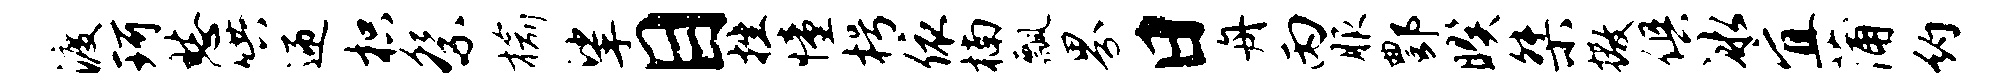
渡珂愁哄迎枳祭榆挲目挫憧枵依楠瓢界日舟丙服酆暌桀撒俱冰宜蒲约